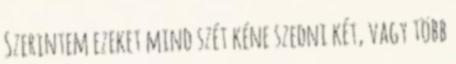
Szerintem ezeket mind szét kéne szedni két, vagy több